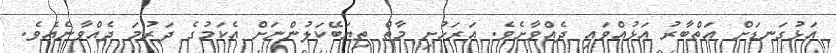
އަޅުގަނޑަށް އަތްބާރު އަޅުއްވައި ދެއްވާށެވެ. އަރަހުށި މާތް ތިޔަބޭކަލުންނަށް އެކަމުގެ ދަރުމަ ދެއްވާނެއެވެ.